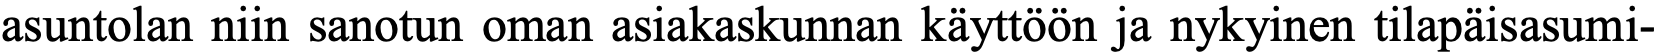
asuntolan niin sanotun oman asiakaskunnan käyttöön ja nykyinen tilapäisasumi-